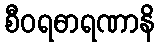
စီဝရဓာရဏာနိ